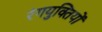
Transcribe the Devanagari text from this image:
रंगयुक्तियों